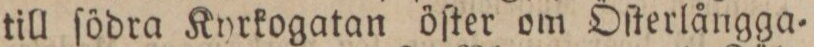
till ſödra Kyrkogatan öſter om Öſterlångga=